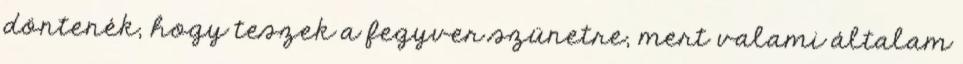
döntenék, hogy teszek a fegyver szünetre, mert valami általam